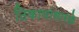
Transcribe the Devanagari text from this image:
ठिकाणांसारखे